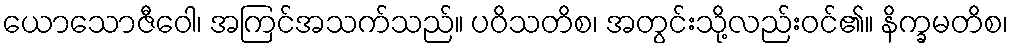
ယောသောဇီဝေါ၊ အကြင်အသက်သည်။ ပဝိသတိစ၊ အတွင်းသို့လည်းဝင်၏။ နိက္ခမတိစ၊